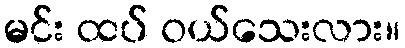
မင်း ထပ် ဝယ်သေးလား။